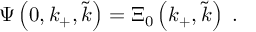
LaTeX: \Psi \left( 0 , k _ { + } , \widetilde { k } \right) = \Xi _ { 0 } \left( k _ { + } , \widetilde { k } \right) \; .